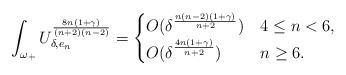
\begin{align*}\int_{\omega_+} U_{\delta,e_n}^\frac{8n(1+\gamma)}{(n+2)(n-2)} =\begin{cases}O(\delta^\frac{n(n-2)(1+\gamma)}{n+2}) & 4\leq n<6,\\O(\delta^\frac{4n(1+\gamma)}{n+2}) & n\geq 6.\end{cases}\end{align*}